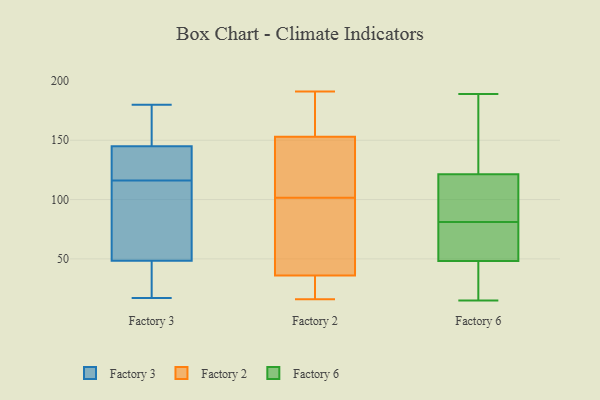
{"axis": {"x": "Inventory Turnover", "y": "Value"}, "legend": ["Factory 2", "Factory 3", "Factory 6"], "data": [{"x": "", "y": 180, "type": "Factory 3"}, {"x": "", "y": 64, "type": "Factory 3"}, {"x": "", "y": 133, "type": "Factory 3"}, {"x": "", "y": 17, "type": "Factory 3"}, {"x": "", "y": 107, "type": "Factory 3"}, {"x": "", "y": 150, "type": "Factory 3"}, {"x": "", "y": 33, "type": "Factory 3"}, {"x": "", "y": 140, "type": "Factory 3"}, {"x": "", "y": 125, "type": "Factory 3"}, {"x": "", "y": 96, "type": "Factory 3"}, {"x": "", "y": 17, "type": "Factory 3"}, {"x": "", "y": 165, "type": "Factory 3"}, {"x": "", "y": 154, "type": "Factory 2"}, {"x": "", "y": 96, "type": "Factory 2"}, {"x": "", "y": 172, "type": "Factory 2"}, {"x": "", "y": 62, "type": "Factory 2"}, {"x": "", "y": 171, "type": "Factory 2"}, {"x": "", "y": 142, "type": "Factory 2"}, {"x": "", "y": 31, "type": "Factory 2"}, {"x": "", "y": 107, "type": "Factory 2"}, {"x": "", "y": 46, "type": "Factory 2"}, {"x": "", "y": 129, "type": "Factory 2"}, {"x": "", "y": 153, "type": "Factory 2"}, {"x": "", "y": 39, "type": "Factory 2"}, {"x": "", "y": 191, "type": "Factory 2"}, {"x": "", "y": 122, "type": "Factory 2"}, {"x": "", "y": 36, "type": "Factory 2"}, {"x": "", "y": 30, "type": "Factory 2"}, {"x": "", "y": 36, "type": "Factory 2"}, {"x": "", "y": 16, "type": "Factory 2"}, {"x": "", "y": 111, "type": "Factory 6"}, {"x": "", "y": 25, "type": "Factory 6"}, {"x": "", "y": 81, "type": "Factory 6"}, {"x": "", "y": 121, "type": "Factory 6"}, {"x": "", "y": 89, "type": "Factory 6"}, {"x": "", "y": 54, "type": "Factory 6"}, {"x": "", "y": 81, "type": "Factory 6"}, {"x": "", "y": 15, "type": "Factory 6"}, {"x": "", "y": 69, "type": "Factory 6"}, {"x": "", "y": 122, "type": "Factory 6"}, {"x": "", "y": 165, "type": "Factory 6"}, {"x": "", "y": 152, "type": "Factory 6"}, {"x": "", "y": 17, "type": "Factory 6"}, {"x": "", "y": 108, "type": "Factory 6"}, {"x": "", "y": 46, "type": "Factory 6"}, {"x": "", "y": 189, "type": "Factory 6"}, {"x": "", "y": 49, "type": "Factory 6"}]}